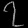
Digit: ၇